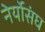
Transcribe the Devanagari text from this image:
नेर्योसंघ